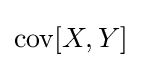
\operatorname {cov} [X,Y]